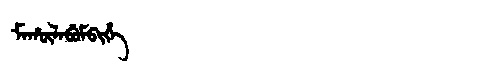
Manchu: ᠮᠠᡥᡡᠯᠠᠪᡠᠮᠪᡳᡥᡝ
Romanization: MAHŪLABUMBIHE